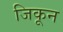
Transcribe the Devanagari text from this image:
जिकून